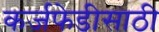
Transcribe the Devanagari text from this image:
कर्जफेडीसाठी